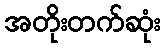
အတိုးတက်ဆုံး